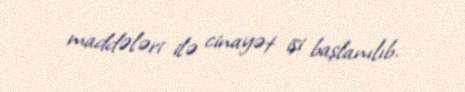
maddələri ilə cinayət işi başlanılıb.